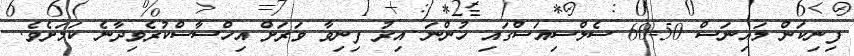
ފިނިކަން މައިނަސް 50-60 ސެލްސިއަސްގައި ހުންނަ އިރު ފިނިވާ ވަރަށް އިހްސާސްކުރެވިދާނެ ކަމަށެވެ.